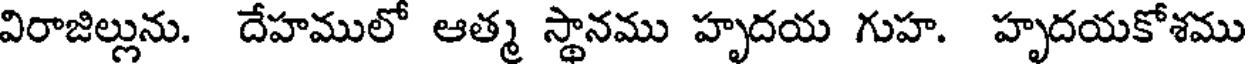
విరాజిల్లును. దేహములో ఆత్మ స్థానము హృదయ గుహ. హృదయకోశము